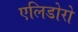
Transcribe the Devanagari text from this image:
एलिडोरो